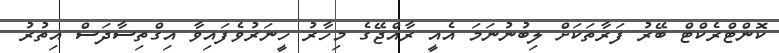
ކޮންޓްރެކްޓް ބޭރު ފަރާތަކަށް ލިބުނުނަމަ އެއީ ރާއްޖޭގެ މިހާރު ހީނަރުވެފައިވާ އިގްތިސާދަސް އިތުރު